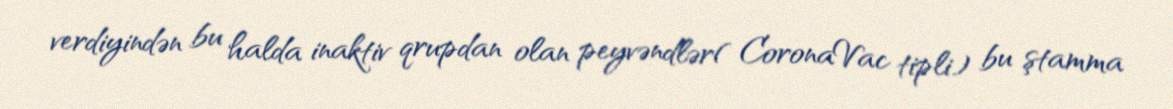
verdiyindən bu halda inaktiv qrupdan olan peyvəndlər( CoronaVac tipli) bu ştamma